Indian journal of veterinary science and animal husbandry - Volume 13,
Year: 1943
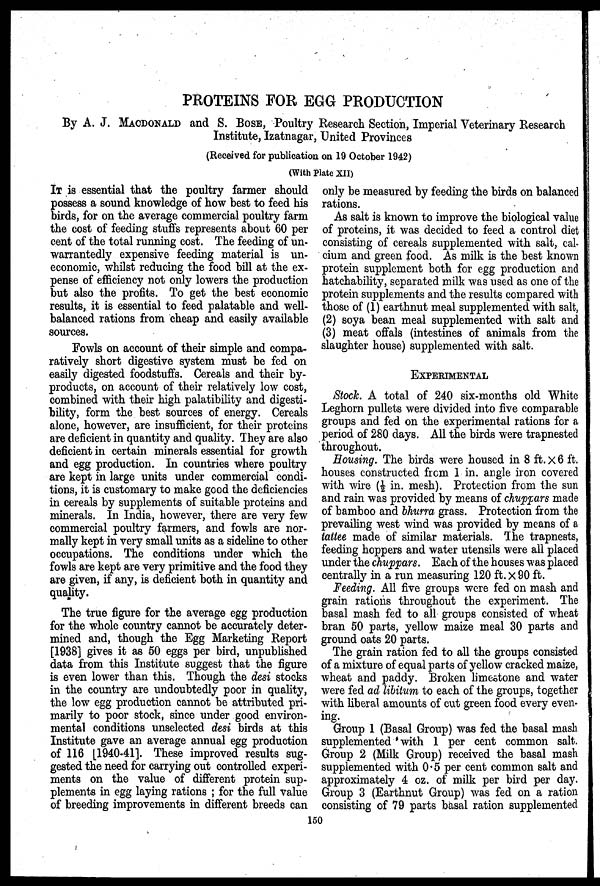
PROTEINS FOR EGG PRODUCTION
By A. J. MACDONALD and S. BOSE, Poultry Research Section, Imperial Veterinary Research
Institute, Izatnagar, United Provinces
(Received for publication on 19 October 1942)
(With Plate XII)
IT is essential that the poultry farmer should
possess a sound knowledge of how best to feed his
birds, for on the average commercial poultry farm
the cost of feeding stuffs represents about 60 per
cent of the total running cost. The feeding of un-
warrantedly expensive feeding material is un-
economic, whilst reducing the food bill at the ex-
pense of efficiency not only lowers the production
but also the profits. To get the best economic
results, it is essential to feed palatable and well-
balanced rations from cheap and easily available
sources.
Fowls on account of their simple and compa-
ratively short digestive system must be fed on
easily digested foodstuffs. Cereals and their by-
products, on account of their relatively low cost,
combined with their high palatibility and digesti-
bility, form the best sources of energy. Cereals
alone, however, are insufficient, for their proteins
are deficient in quantity and quality. They are also
deficient in certain minerals essential for growth
and egg production. In countries where poultry
are kept in large units under commercial condi-
tions, it is customary to make good the deficiencies
in cereals by supplements of suitable proteins and
minerals. In India, however, there are very few
commercial poultry farmers, and fowls are nor-
mally kept in very small units as a sideline to other
occupations. The conditions under which the
fowls are kept are very primitive and the food they
are given, if any, is deficient both in quantity and
quality.
The true figure for the average egg production
for the whole country cannot be accurately deter-
mined and, though the Egg Marketing Report
[1938] gives it as 50 eggs per bird, unpublished
data from this Institute suggest that the figure
is even lower than this. Though the desi stocks
in the country are undoubtedly poor in quality,
the low egg production cannot be attributed pri-
marily to poor stock, since under good environ-
mental conditions unselected desi birds at this
Institute gave an average annual egg production
of 116 [1940-41]. These improved results sug-
gested the need for carrying out controlled experi-
ments on the value of different protein sup-
plements in egg laying rations ; for the full value
of breeding improvements in different breeds can
only be measured by feeding the birds on balanced
rations.
As salt is known to improve the biological value
of proteins, it was decided to feed a control diet
consisting of cereals supplemented with salt, cal-
cium and green food. As milk is the best known
protein supplement both for egg production and
hatchability, separated milk was used as one of the
protein supplements and the results compared with
those of (1) earthnut meal supplemented with salt,
(2) soya bean meal supplemented with salt and
(3) meat offals (intestines of animals from the
slaughter house) supplemented with salt.
EXPERIMENTAL
Stock. A total of 240 six-months old White
Leghorn pullets were divided into five comparable
groups and fed on the experimental rations for a
period of 280 days. All the birds were trapnested
throughout.
Housing. The birds were housed in 8 ft. x 6 ft.
houses constructed from 1 in. angle iron covered
with wire (½ in. mesh). Protection from the sun
and rain was provided by means of chuppars made
of bamboo and bhurra grass. Protection from the
prevailing west wind was provided by means of a
tattee made of similar materials. The trapnests,
feeding hoppers and water utensils were all placed
under the chuppars. Each of the houses was placed
centrally in a run measuring 120 ft. x 90 ft.
Feeding. All five groups were fed on mash and
grain rations throughout the experiment. The
basal mash fed to all groups consisted of wheat
bran 50 parts, yellow maize meal 30 parts and
ground oats 20 parts.
The grain ration fed to all the groups consisted
of a mixture of equal parts of yellow cracked maize,
wheat and paddy. Broken limestone and water
were fed ad libitum to each of the groups, together
with liberal amounts of cut green food every even-
ing.
Group 1 (Basal Group) was fed the basal mash
supplemented with 1 per cent common salt.
Group 2 (Milk Group) received the basal mash
supplemented with 0.5 per cent common salt and
approximately 4 oz. of milk per bird per day.
Group 3 (Earthnut Group) was fed on a ration
consisting of 79 parts basal ration supplemented
150